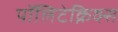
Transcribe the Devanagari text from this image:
पॉलिटेक्निक्स